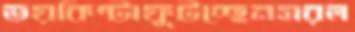
ভয়কিষ্টাফুটচ্ছেনসরল